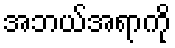
အဘယ်အရာကို